Epidemic dropsy in Calcutta - Number 49
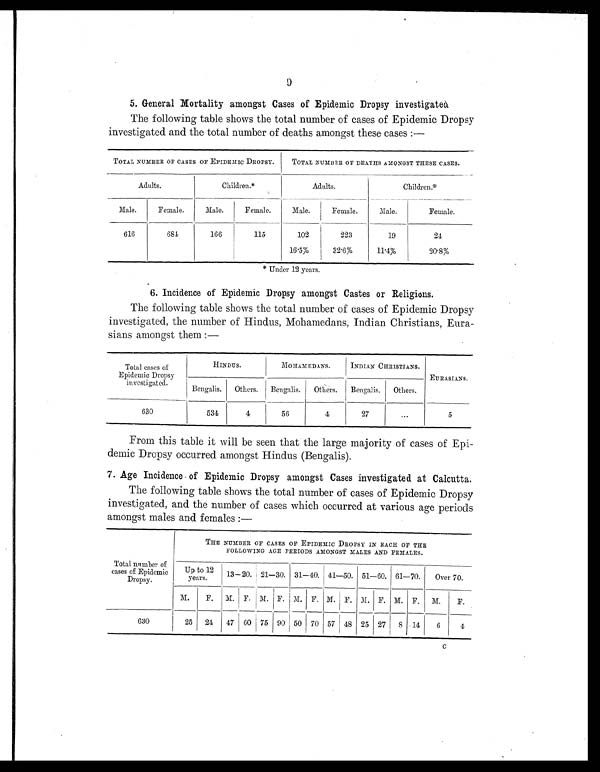
9
5. General Mortality amongst Cases of Epidemic Dropsy investigated
The following table shows the total number of cases of Epidemic Dropsy
investigated and the total number of deaths amongst these cases :—
TOTAL NUMBER OF CASES OF EPIDEMIC DROPSY.
TOTAL NUMBER OF DEATHS AMONGST THESE CASES.
Adults.
Children.*
Adults.
Children.
*
Male.
Female.
Male.
Female.
Male.
Female.
Male.
Female.
616
6 8 4
166
115
102
223
19
24
16.5%
32. 6%
11.4%
20.8%
* Under 12 years.
6. Incidence of Epidemic Dropsy amongst Castes or Religions.
The following table shows the total number of cases of Epidemic Dropsy
investigated, the number of Hindus, Mohamedans, Indian Christians, Eura-
sians amongst them :—
Total cases of
Epidemic Dropsy
investigated.
HINDUS.
MOHAMEDANS.
INDIAN CHRISTIANS.
EURASIANS.
Bengalis.
Others.
Bengalis.
Others.
Bengalis.
Others.
630
534
4
5 6
4
27
...
5
From this table it will be seen that the large majority of cases of Epi-
demic Dropsy occurred amongst Hindus (Bengalis).
7. Age Incidence of Epidemic Dropsy amongst Cases investigated at Calcutta.
The following table shows the total number of cases of Epidemic Dropsy
investigated, and the number of cases which occurred at various age periods
amongst males and females :—
Total number o f
cases of Epidemic
Dropsy.
THE NUMBER OF CASES OF EPIDEMIC DROPSY IN EACH OF THE
FOLLOWING AGE PERIODS AMONGST MALES AND FEMALES.
Up to 1 2
years.
13—20. 21—30. 31—40. 41—50. 51—60. 61—70.
Over 70.
M.
F.
M. F. M. F. M. F. M. F. M. F. M. F.
M.
F.
630
25
24
47 60 75 90 50 70 57 48 25 27
8 14
6
4